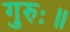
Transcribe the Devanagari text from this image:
गुरुः॥